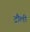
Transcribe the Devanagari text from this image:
ट्रौली